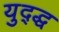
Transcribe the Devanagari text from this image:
युद्द्ध